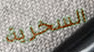
السخرية